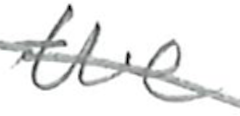
Text: the
Cross-out: diagonal
Writing tool: pencil